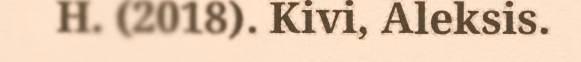
H. (2018). Kivi, Aleksis.